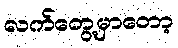
လက်တွေ့မှာတော့